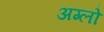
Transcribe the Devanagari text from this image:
अग्लो